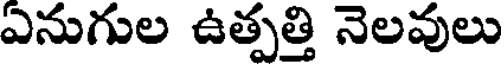
ఎనుగుల ఉత్పత్తి నెలవులు